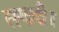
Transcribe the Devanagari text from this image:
लगादी।